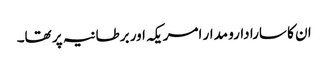
ان کا سارا دارو مدار امریکہ اور برطانیہ پر تھا۔